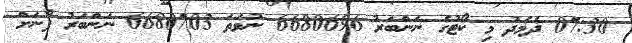
07:30 ދެމެދު މި ކޯޓުގެ ނަންބަރު 6680696 ނުވަތަ 6680703 ނަންބަރު ފޯނަށް